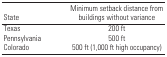
| State | Minimum setback distance from buildings without variance |
 | --- | --- |
 | Texas | 200 ft |
 | Pennsylvania | 500 ft |
 | Colorado | 500 ft (1,000 ft high occupancy) |